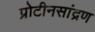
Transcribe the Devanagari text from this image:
प्रोटीनसांद्रण